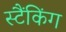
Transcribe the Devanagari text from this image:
स्टैंकिंग